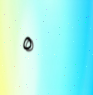
٥